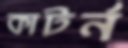
কাটর্ন